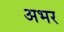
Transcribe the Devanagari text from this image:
अभर